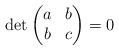
LaTeX: \begin{align*}\det \begin{pmatrix} a & b \\ b & c \end{pmatrix} = 0\end{align*}